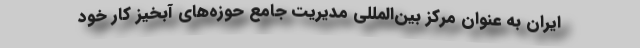
ایران به عنوان مرکز بین‌المللی مدیریت جامع حوزه‌های آبخیز کار خود